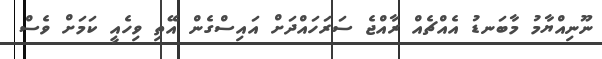
ނޫނިއްޔާމު މާބަނޑު އެއްޗެއް ރާއްޖެ ސަރަހައްދަށް އައިސްގެން އޭތި ވިހެއީ ކަމަށް ވެސް